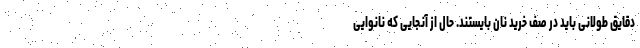
دقایق طولانی باید در صف خرید نان بایستند. حال از آنجایی که نانوایی